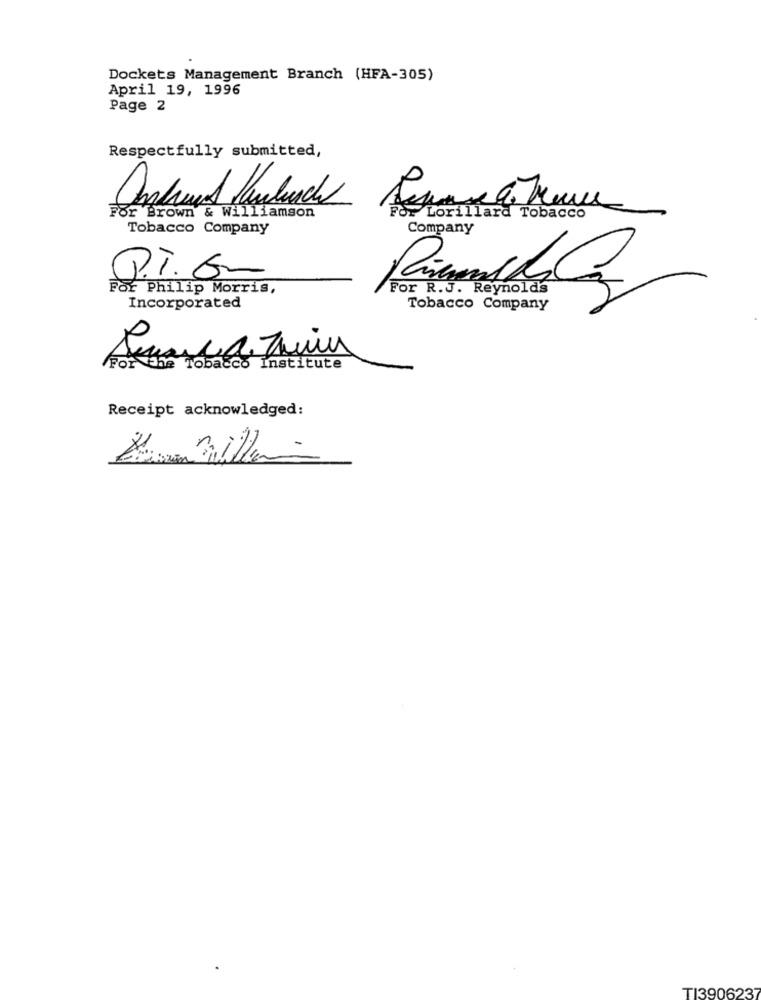
Dockets Management Branch (HFA-305)
April 19, 1996
Page 2
Respectfully submitted,
For Brown & Williamson
For Lorillard Tobacco
Tobacco Company
Company
P.T.G-
For Philip Morris,
For R.J. Reynolds
Incorporated
Tobacco Company
Tobacco Institute
Receipt acknowledged:
TI3906237